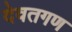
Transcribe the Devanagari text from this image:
देवतगण